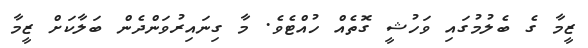
ޒީމާ ގެ ބެލުމުގައި ވަހުޝީ ގޮތެއް ހުއްޓެވެ. މާ ގިނައިރުވަންދެން ބަލާކަށް ޒީމާ